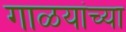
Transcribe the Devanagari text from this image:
गाळयांच्या